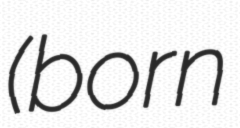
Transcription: (born